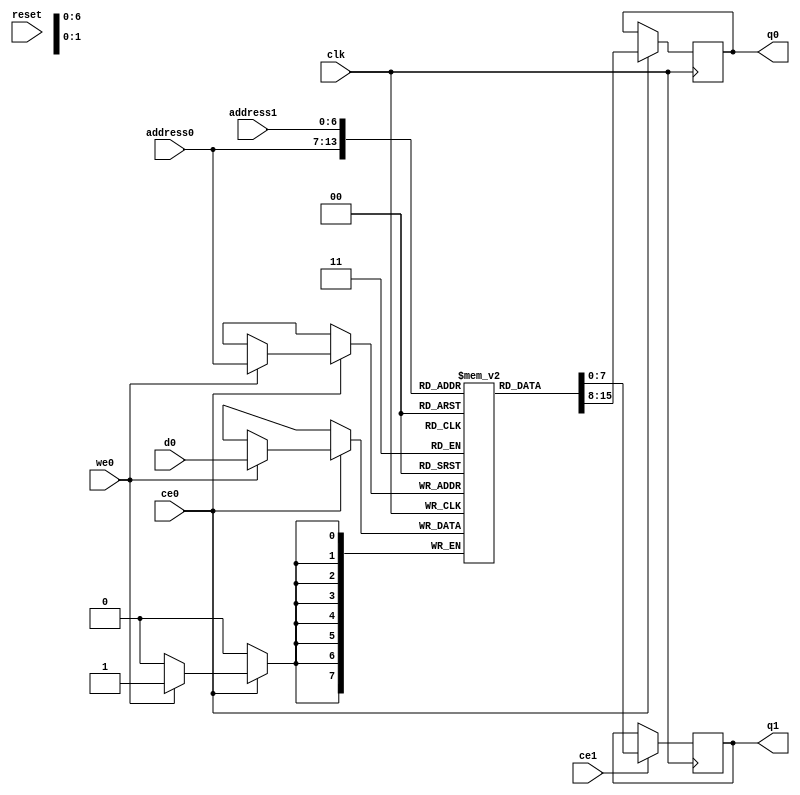
// ==============================================================
// Generated by Vitis HLS v2023.2
// Copyright 1986-2022 Xilinx, Inc. All Rights Reserved.
// Copyright 2022-2023 Advanced Micro Devices, Inc. All Rights Reserved.
// ==============================================================
`timescale 1 ns / 1 ps
module IMG2RLE_Image_Cr_RAM_AUTO_1R1W (
     
    address0, ce0,
    d0, we0, 
    q0, 
      
    address1, ce1,
    
    q1, 
     
    reset, clk);

parameter DataWidth = 8;
parameter AddressWidth = 7;
parameter AddressRange = 128;
 
input[AddressWidth-1:0] address0;
input ce0;
input[DataWidth-1:0] d0;
input we0; 
output reg[DataWidth-1:0] q0; 
 
input[AddressWidth-1:0] address1;
input ce1;

output reg[DataWidth-1:0] q1; 

input reset;
input clk;

(* ram_style = "auto"  *)reg [DataWidth-1:0] ram[0:AddressRange-1];


 





//read first
always @(posedge clk)  
begin 
    if (ce0) begin
        if (we0) 
            ram[address0] <= d0; 
        q0 <= ram[address0];

    end
end 
 
  



always @(posedge clk) 
begin 
    if (ce1) begin
        q1 <= ram[address1];
    end
end 

 
 

endmodule